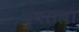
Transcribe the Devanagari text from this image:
घुंघराला